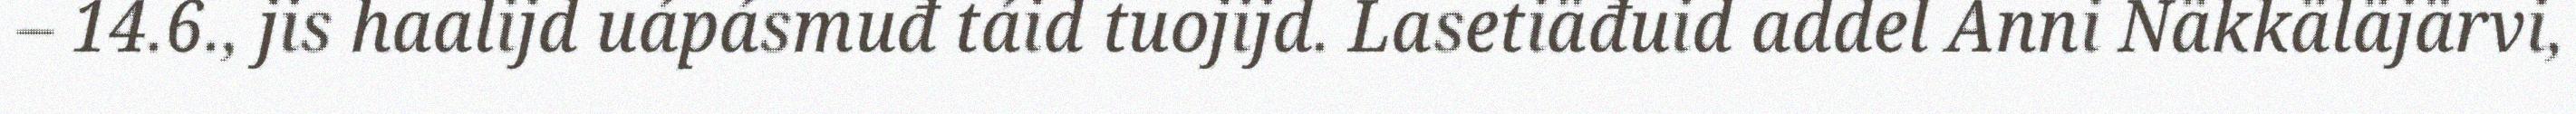
– 14.6., jis haalijd uápásmuđ táid tuojijd. Lasetiäđuid addel Anni Näkkäläjärvi,